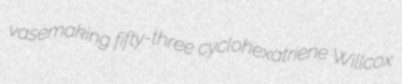
vasemaking fifty-three cyclohexatriene Willcox